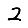
Digit: 2